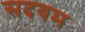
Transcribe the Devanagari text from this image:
सदयम